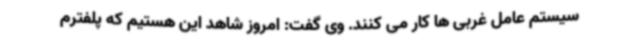
سیستم عامل غربی ها کار می کنند. وی گفت: امروز شاهد این هستیم که پلفترم